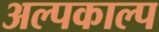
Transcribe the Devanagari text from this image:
अल्पकाल्प